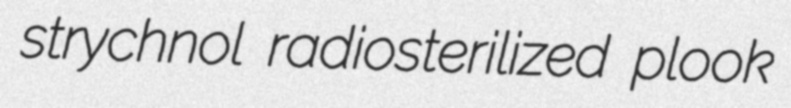
strychnol radiosterilized plook